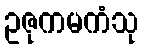
ဥဇုကမကံသု